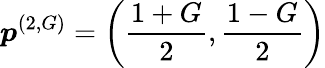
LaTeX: \boldsymbol{p}^{(2,G)}=\left(\frac{1+G}{2},\frac{1-G}{2}\right)